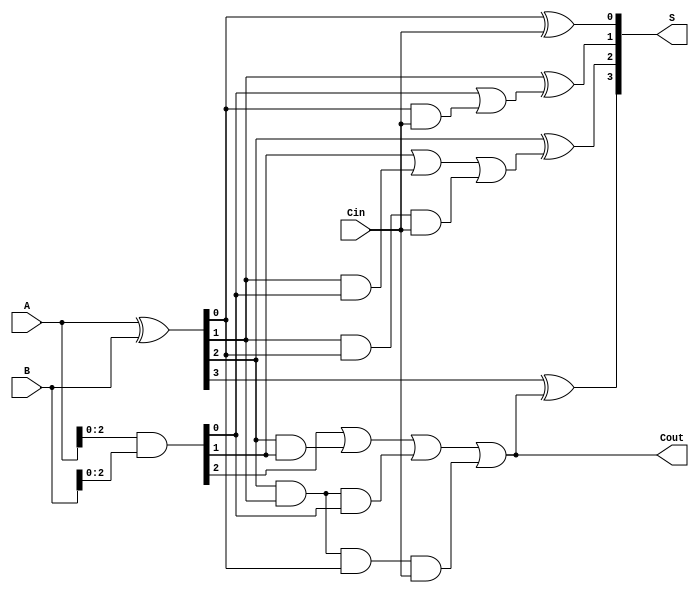
module KoggeStoneAdder (
    input  [3:0] A,    // First 4-bit input
    input  [3:0] B,    // Second 4-bit input
    input        Cin,   // Carry-in
    output [3:0] S,     // Sum output
    output       Cout    // Carry-out output
);

    wire [3:0] G;  // Generate signals
    wire [3:0] P;  // Propagate signals
    wire [3:0] C;  // Carry signals

    // Generate and propagate signals
    assign G = A & B;      // Generate: G[i] = A[i] & B[i]
    assign P = A ^ B;      // Propagate: P[i] = A[i] ^ B[i]

    // Carry signals using Kogge-Stone logic
    assign C[0] = Cin;                // C[0] = Cin
    assign C[1] = G[0] | (P[0] & C[0]); // C[1] = G[0] | (P[0] & C[0])
    assign C[2] = G[1] | (P[1] & G[0]) | (P[1] & P[0] & C[0]); // C[2] = G[1] | (P[1] & G[0]) | (P[1] & P[0] & C[0])
    assign C[3] = G[2] | (P[2] & G[1]) | (P[2] & P[1] & G[0]) | (P[2] & P[1] & P[0] & C[0]); // C[3] = G[2] | (P[2] & G[1]) | (P[2] & P[1] & G[0]) | (P[2] & P[1] & P[0] & C[0])

    // Sum calculation
    assign S[0] = P[0] ^ C[0]; // S[0] = P[0] ^ C[0]
    assign S[1] = P[1] ^ C[1]; // S[1] = P[1] ^ C[1]
    assign S[2] = P[2] ^ C[2]; // S[2] = P[2] ^ C[2]
    assign S[3] = P[3] ^ C[3]; // S[3] = P[3] ^ C[3]

    // Final carry-out
    assign Cout = C[3]; // Carry-out signal

endmodule